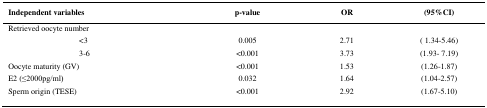
<table><thead><tr><td colspan="2"><b>Independent variables</b></td><td><b>p-value</b></td><td><b>OR</b></td><td><b>(95%CI)</b></td></tr></thead><tbody><tr><td colspan="2">Retrieved oocyte number</td><td></td><td></td><td></td></tr><tr><td rowspan="2"></td><td>&lt;3</td><td>0.005</td><td>2.71</td><td>( 1.34-5.46)</td></tr><tr><td>3-6</td><td>&lt;0.001</td><td>3.73</td><td>(1.93- 7.19)</td></tr><tr><td colspan="2">Oocyte maturity (GV)</td><td>&lt;0.001</td><td>1.53</td><td>(1.26-1.87)</td></tr><tr><td colspan="2">E2 (≤2000pg/ml)</td><td>0.032</td><td>1.64</td><td>(1.04-2.57)</td></tr><tr><td colspan="2">Sperm origin (TESE)</td><td>&lt;0.001</td><td>2.92</td><td>(1.67-5.10)</td></tr></tbody></table>